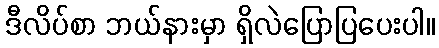
ဒီလိပ်စာ ဘယ်နားမှာ ရှိလဲပြောပြပေးပါ။